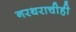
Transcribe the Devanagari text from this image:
नरथराचीही